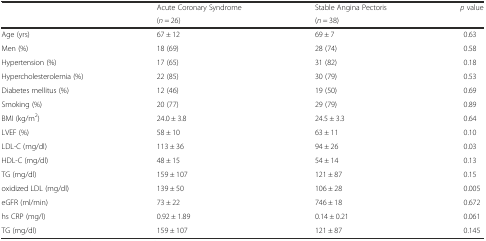
<table><thead><tr><td rowspan="2"></td><td><b>Acute Coronary Syndrome</b></td><td><b>Stable Angina Pectoris</b></td><td rowspan="2"><b><i>p</i> value</b></td></tr><tr><td><b>(<i>n</i> = 26)</b></td><td><b>(<i>n</i> = 38)</b></td></tr></thead><tbody><tr><td>Age (yrs)</td><td>67 ± 12</td><td>69 ± 7</td><td>0.63</td></tr><tr><td>Men (%)</td><td>18 (69)</td><td>28 (74)</td><td>0.58</td></tr><tr><td>Hypertension (%)</td><td>17 (65)</td><td>31 (82)</td><td>0.18</td></tr><tr><td>Hypercholesterolemia (%)</td><td>22 (85)</td><td>30 (79)</td><td>0.53</td></tr><tr><td>Diabetes mellitus (%)</td><td>12 (46)</td><td>19 (50)</td><td>0.69</td></tr><tr><td>Smoking (%)</td><td>20 (77)</td><td>29 (79)</td><td>0.89</td></tr><tr><td>BMI (kg/m<sup>2</sup>)</td><td>24.0 ± 3.8</td><td>24.5 ± 3.3</td><td>0.64</td></tr><tr><td>LVEF (%)</td><td>58 ± 10</td><td>63 ± 11</td><td>0.10</td></tr><tr><td>LDL-C (mg/dl)</td><td>113 ± 36</td><td>94 ± 26</td><td>0.03</td></tr><tr><td>HDL-C (mg/dl)</td><td>48 ± 15</td><td>54 ± 14</td><td>0.13</td></tr><tr><td>TG (mg/dl)</td><td>159 ± 107</td><td>121 ± 87</td><td>0.15</td></tr><tr><td>oxidized LDL (mg/dl)</td><td>139 ± 50</td><td>106 ± 28</td><td>0.005</td></tr><tr><td>eGFR (ml/min)</td><td>73 ± 22</td><td>746 ± 18</td><td>0.672</td></tr><tr><td>hs CRP (mg/l)</td><td>0.92 ± 1.89</td><td>0.14 ± 0.21</td><td>0.061</td></tr><tr><td>TG (mg/dl)</td><td>159 ± 107</td><td>121 ± 87</td><td>0.145</td></tr></tbody></table>